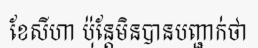
ខែសីហា ប៉ុន្តែមិនបានបញ្ជាក់ថា